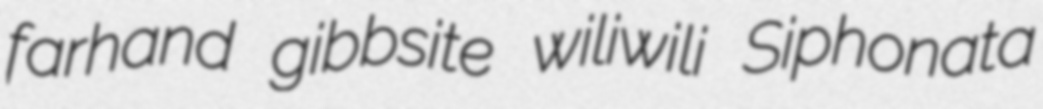
farhand gibbsite wiliwili Siphonata